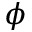
\phi